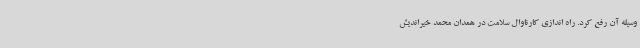
وسیله آن رفع کرد. راه اندازی کارناوال سلامت در همدان محمد خیراندیش